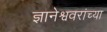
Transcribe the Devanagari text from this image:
ज्ञानेश्ववरांच्या